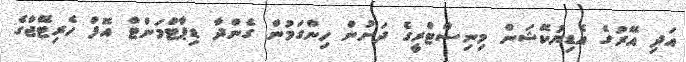
އަދި އޭރުގެ އެޑިޔުކޭޝަން މިނިސްޓްރީގެ ދަށުން ހިންގަމުން ގެންދާ ޑިޕާޓްމަންޓް އޮފް ހެރިޓޭޖްގެ